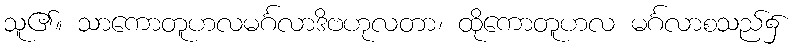
သူ၏။ သာကောတူဟလမင်္ဂလာဒိဗဟုလတာ၊ ထိုကောတူဟလ မင်္ဂလာစသည်၌